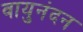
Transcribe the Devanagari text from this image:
वायुनंदन